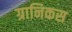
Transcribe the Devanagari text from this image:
ग्रानिकस